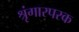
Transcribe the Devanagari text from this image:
श्रृंगारपरक